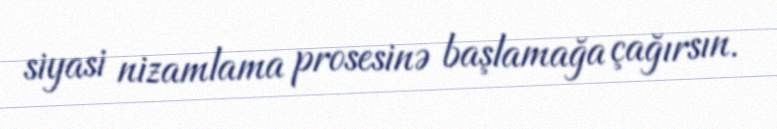
siyasi nizamlama prosesinə başlamağa çağırsın.